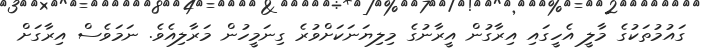
ގައުމުތަކުގެ މާލީ އެހީގައި އިރާގުން އީރާނުގެ މިލިޔަނަކަށްވުރެ ގިނަމީހުން މަރާލިއެވެ. ނަމަވެސް އިރާގަށް